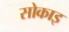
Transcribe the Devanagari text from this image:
सोकाइ